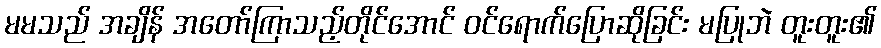
မမသည် အချိန် အတော်ကြာသည့်တိုင်အောင် ဝင်ရောက်ပြောဆိုခြင်း မပြုဘဲ တူးတူး၏